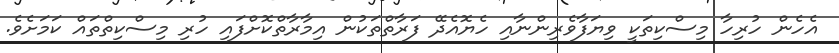
އެހެން ހުރިހާ މިސްކިތަކީ ވިޔަފާވެރިންނާއި ހެޔޮއެދޭ ފަރާތްތަކުން އިމާރާތްކޮށްފައި ހުރި މިސްކިތްތައް ކަމަށެވެ.